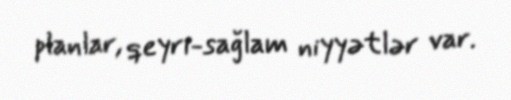
planlar, qeyri-sağlam niyyətlər var.